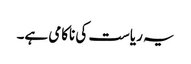
یہ ریاست کی ناکامی ہے۔